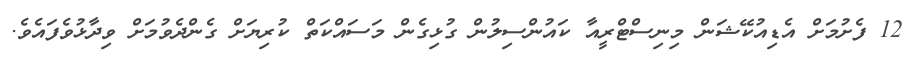
12 ފެށުމަށް އެޑިއުކޭޝަން މިނިސްޓްރީއާ ކައުންސިލުން ގުޅިގެން މަސައްކަތް ކުރިޔަށް ގެންދެވުމަށް ވިދާޅުވެފައެވެ.